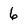
Character: 6